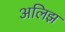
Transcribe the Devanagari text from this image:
अलिझ